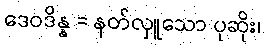
ဒေဝဒိန္န = နတ်လှူသော ပုဆိုး၊